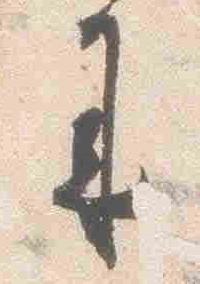
来